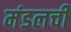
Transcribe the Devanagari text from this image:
मंडलची